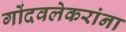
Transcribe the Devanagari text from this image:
गोंदवलेकरांना